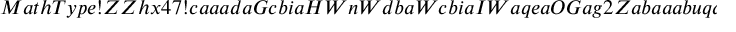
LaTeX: M a t h T y p e ! Z Z h x 4 7 ! c a a a d a G c b i a H W n W d b a W c b i a I W a q e a O G a g 2 Z a b a a a b u q a b e G a c a a a b i